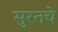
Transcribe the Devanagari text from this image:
सुरतचे